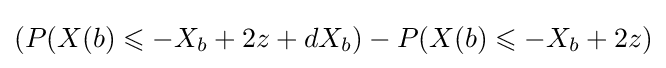
(P(X(b)\leqslant -X_{b}+2z+dX_{b})-P(X(b)\leqslant -X_{b}+2z)